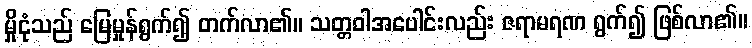
မှိုငုံသည် မြေမှုန်ရွက်၍ တက်လာ၏။ သတ္တဝါအပေါင်းလည်း ဇရာမရဏ ရွက်၍ ဖြစ်လာ၏။